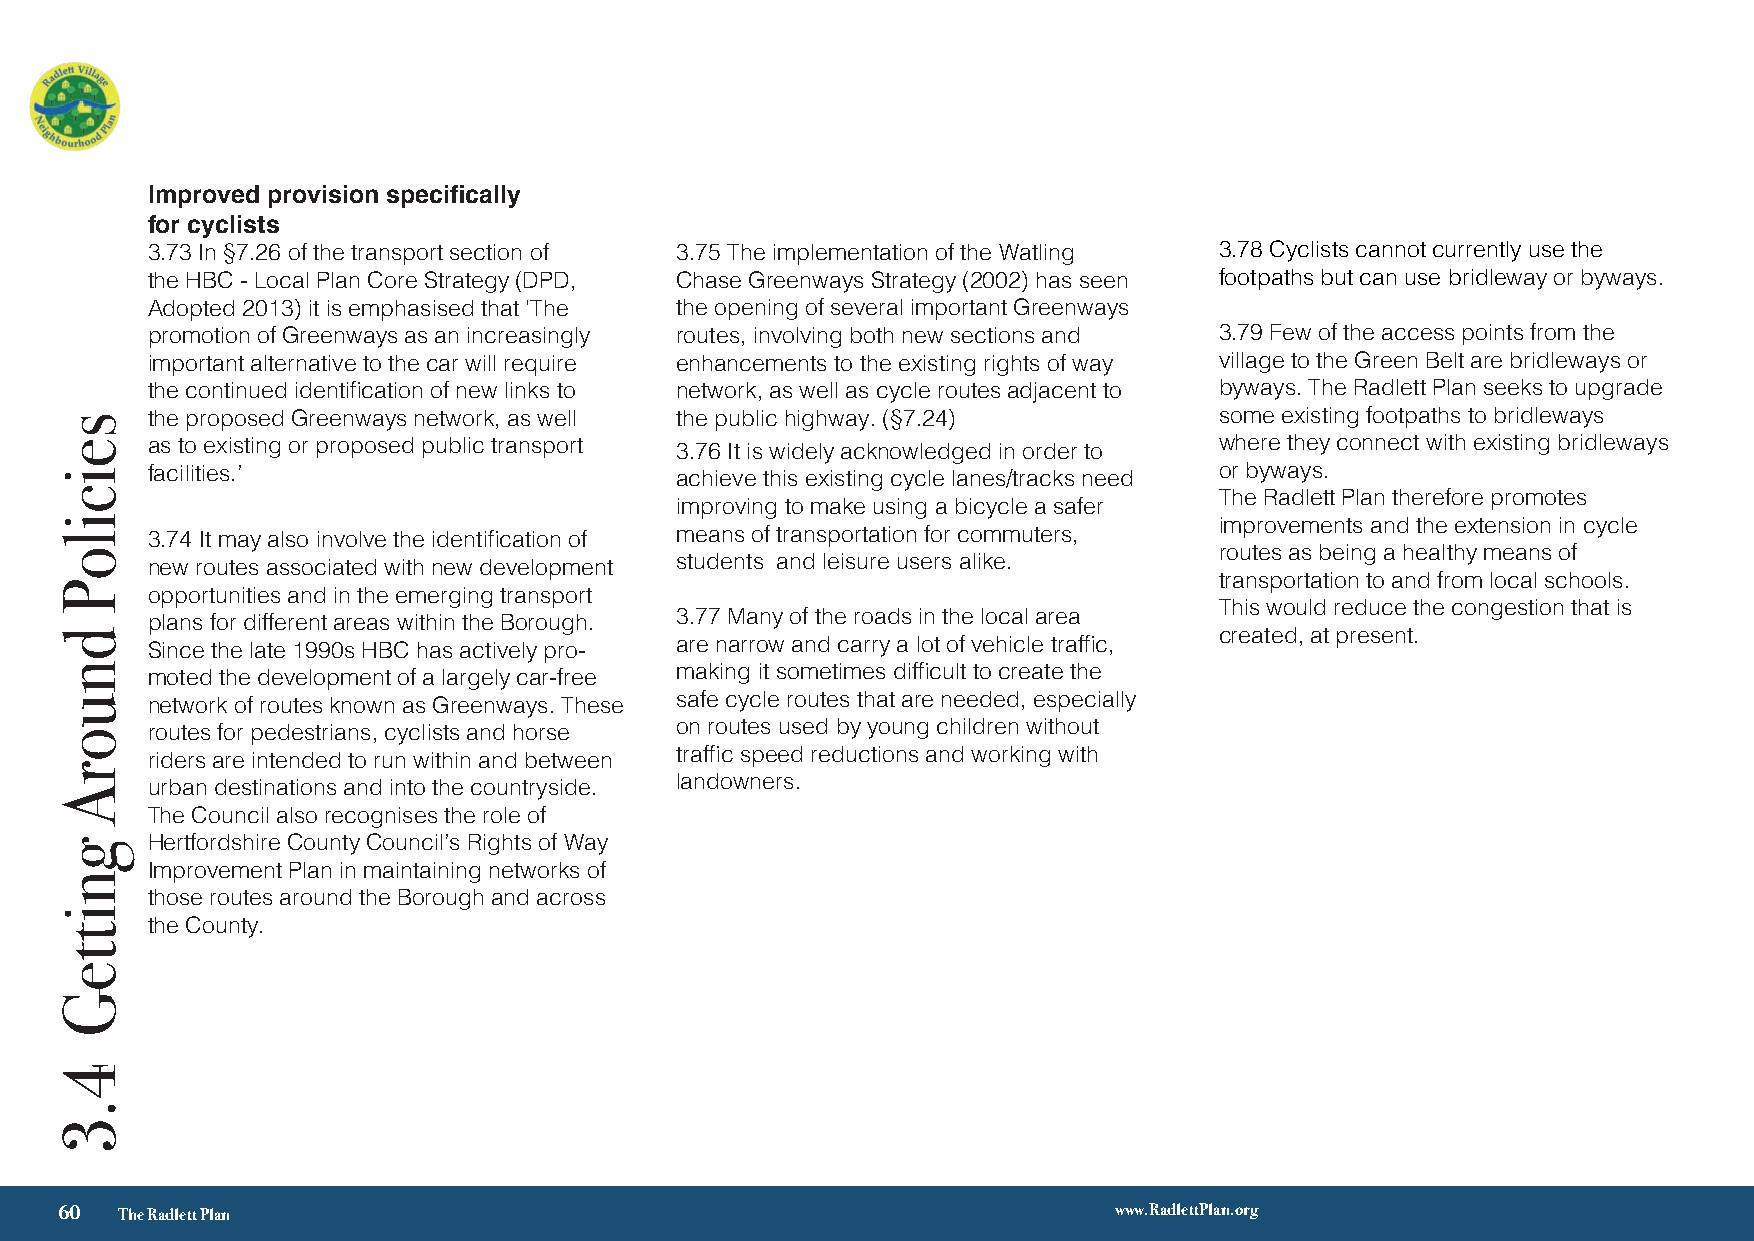
Improved provision specifically
 for cyclists
 3.73 In §7.26 of the transport section of 3.75 The implementation of the Watling 3.78 Cyclists cannot currently use the
 the HBC - Local Plan Core Strategy (DPD, Chase Greenways Strategy (2002) has seen footpaths but can use bridleway or byways.
 Adopted 2013) it is emphasised that ‘The the opening of several important Greenways
 promotion of Greenways as an increasingly routes, involving both new sections and 3.79 Few of the access points from the
 important alternative to the car will require enhancements to the existing rights of way village to the Green Belt are bridleways or
 the continued identification of new links to network, as well as cycle routes adjacent to byways. The Radlett Plan seeks to upgrade
 the proposed Greenways network, as well the public highway. (§7.24)    some existing footpaths to bridleways
 as to existing or proposed public transport 3.76 It is widely acknowledged in order to where they connect with existing bridleways
 facilities.’                       achieve this existing cycle lanes/tracks need or byways.
 The Radlett Plan therefore promotes
 improving to make using a bicycle a safer
 improvements and the extension in cycle
 3.74 It may also involve the identification of means of transportation for commuters,
 routes as being a healthy means of
 new routes associated with new development students and leisure users alike.
 transportation to and from local schools.
 opportunities and in the emerging transport
 This would reduce the congestion that is
 plans for different areas within the Borough. 3.77 Many of the roads in the local area
 created, at present.
 Since the late 1990s HBC has actively pro- are narrow and carry a lot of vehicle traffic,
 moted the development of a largely car-free making it sometimes difficult to create the
 network of routes known as Greenways. These safe cycle routes that are needed, especially
 routes for pedestrians, cyclists and horse on routes used by young children without
 riders are intended to run within and between traffic speed reductions and working with
 urban destinations and into the countryside. landowners.
 The Council also recognises the role of
 Hertfordshire County Council’s Rights of Way
 Improvement Plan in maintaining networks of
 those routes around the Borough and across
 the County.
 √ 3
 60  The Radlett Plan                                                  www.RadlettPlan.org
 seiciloP
 dnuorA
 gnitteG
 4.3